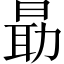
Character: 朂